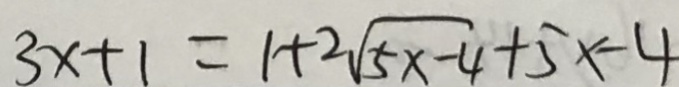
3 x + 1 = 1 + 2 \sqrt { 5 x - 4 } + 5 x - 4